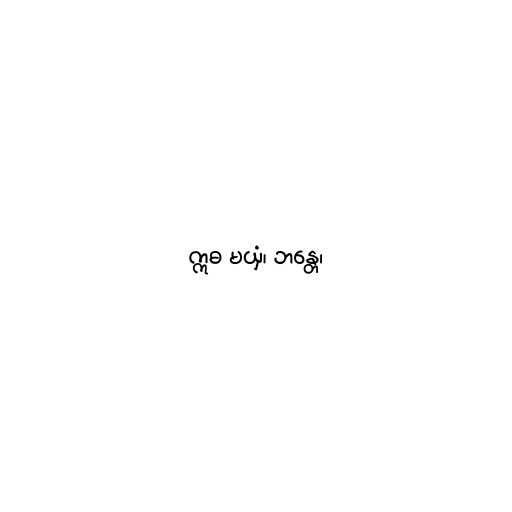
ဣဓ မယှံ၊ ဘန္တေ၊